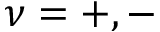
\nu = + , -